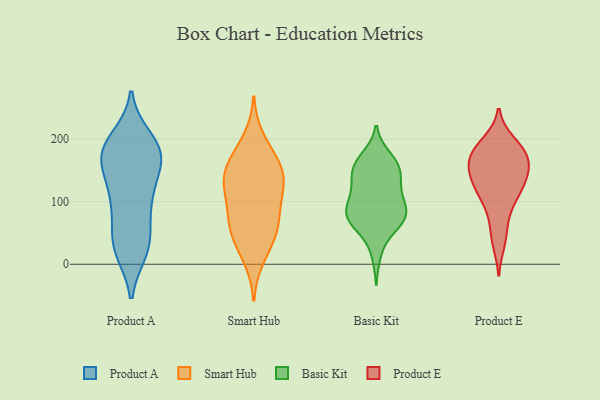
{"axis": {"x": "Waste Production (Tons)", "y": "Value"}, "legend": ["Basic Kit", "Product A", "Product E", "Smart Hub"], "data": [{"x": "", "y": 200, "type": "Product A"}, {"x": "", "y": 119, "type": "Product A"}, {"x": "", "y": 181, "type": "Product A"}, {"x": "", "y": 179, "type": "Product A"}, {"x": "", "y": 102, "type": "Product A"}, {"x": "", "y": 120, "type": "Product A"}, {"x": "", "y": 168, "type": "Product A"}, {"x": "", "y": 32, "type": "Product A"}, {"x": "", "y": 192, "type": "Product A"}, {"x": "", "y": 174, "type": "Product A"}, {"x": "", "y": 44, "type": "Product A"}, {"x": "", "y": 27, "type": "Product A"}, {"x": "", "y": 79, "type": "Product A"}, {"x": "", "y": 103, "type": "Product A"}, {"x": "", "y": 167, "type": "Product A"}, {"x": "", "y": 181, "type": "Product A"}, {"x": "", "y": 26, "type": "Product A"}, {"x": "", "y": 22, "type": "Product A"}, {"x": "", "y": 162, "type": "Product A"}, {"x": "", "y": 52, "type": "Smart Hub"}, {"x": "", "y": 68, "type": "Smart Hub"}, {"x": "", "y": 157, "type": "Smart Hub"}, {"x": "", "y": 123, "type": "Smart Hub"}, {"x": "", "y": 60, "type": "Smart Hub"}, {"x": "", "y": 148, "type": "Smart Hub"}, {"x": "", "y": 165, "type": "Smart Hub"}, {"x": "", "y": 108, "type": "Smart Hub"}, {"x": "", "y": 200, "type": "Smart Hub"}, {"x": "", "y": 123, "type": "Smart Hub"}, {"x": "", "y": 73, "type": "Smart Hub"}, {"x": "", "y": 35, "type": "Smart Hub"}, {"x": "", "y": 10, "type": "Smart Hub"}, {"x": "", "y": 122, "type": "Smart Hub"}, {"x": "", "y": 160, "type": "Smart Hub"}, {"x": "", "y": 56, "type": "Basic Kit"}, {"x": "", "y": 93, "type": "Basic Kit"}, {"x": "", "y": 144, "type": "Basic Kit"}, {"x": "", "y": 70, "type": "Basic Kit"}, {"x": "", "y": 152, "type": "Basic Kit"}, {"x": "", "y": 99, "type": "Basic Kit"}, {"x": "", "y": 122, "type": "Basic Kit"}, {"x": "", "y": 68, "type": "Basic Kit"}, {"x": "", "y": 152, "type": "Basic Kit"}, {"x": "", "y": 81, "type": "Basic Kit"}, {"x": "", "y": 76, "type": "Basic Kit"}, {"x": "", "y": 163, "type": "Basic Kit"}, {"x": "", "y": 162, "type": "Basic Kit"}, {"x": "", "y": 17, "type": "Basic Kit"}, {"x": "", "y": 134, "type": "Basic Kit"}, {"x": "", "y": 76, "type": "Basic Kit"}, {"x": "", "y": 99, "type": "Basic Kit"}, {"x": "", "y": 171, "type": "Basic Kit"}, {"x": "", "y": 117, "type": "Basic Kit"}, {"x": "", "y": 71, "type": "Basic Kit"}, {"x": "", "y": 164, "type": "Product E"}, {"x": "", "y": 189, "type": "Product E"}, {"x": "", "y": 125, "type": "Product E"}, {"x": "", "y": 107, "type": "Product E"}, {"x": "", "y": 80, "type": "Product E"}, {"x": "", "y": 47, "type": "Product E"}, {"x": "", "y": 135, "type": "Product E"}, {"x": "", "y": 168, "type": "Product E"}, {"x": "", "y": 168, "type": "Product E"}, {"x": "", "y": 173, "type": "Product E"}, {"x": "", "y": 137, "type": "Product E"}, {"x": "", "y": 173, "type": "Product E"}, {"x": "", "y": 123, "type": "Product E"}, {"x": "", "y": 150, "type": "Product E"}, {"x": "", "y": 35, "type": "Product E"}, {"x": "", "y": 187, "type": "Product E"}, {"x": "", "y": 136, "type": "Product E"}, {"x": "", "y": 195, "type": "Product E"}, {"x": "", "y": 98, "type": "Product E"}]}